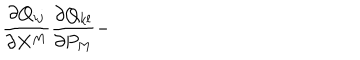
\frac { \partial Q _ { i j } } { \partial X ^ { M } } \frac { \partial Q _ { k l } } { \partial P _ { M } } -